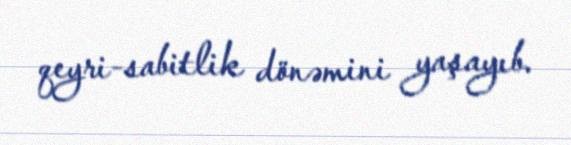
qeyri-sabitlik dönəmini yaşayıb.